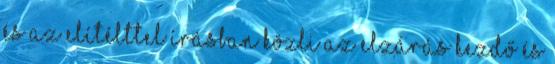
és az elítélttel írásban közli az elzárás kezdő és